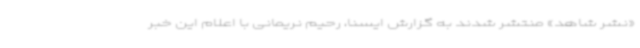
«نشر شاهد» منتشر شدند به گزارش ایسنا، رحیم نریمانی با اعلام این خبر